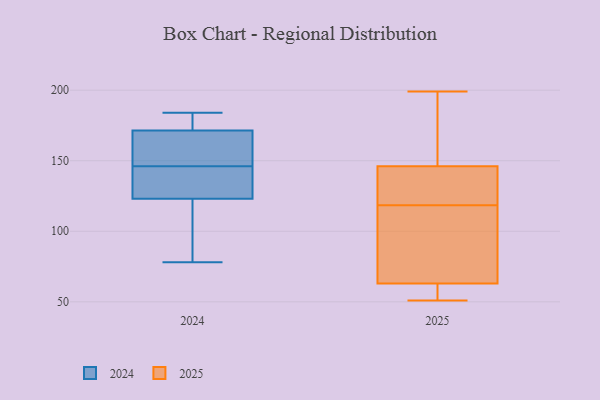
{"axis": {"x": "Revenue (USD Million)", "y": "Value"}, "legend": ["2024", "2025"], "data": [{"x": "", "y": 124, "type": "2024"}, {"x": "", "y": 139, "type": "2024"}, {"x": "", "y": 134, "type": "2024"}, {"x": "", "y": 163, "type": "2024"}, {"x": "", "y": 120, "type": "2024"}, {"x": "", "y": 93, "type": "2024"}, {"x": "", "y": 146, "type": "2024"}, {"x": "", "y": 176, "type": "2024"}, {"x": "", "y": 170, "type": "2024"}, {"x": "", "y": 155, "type": "2024"}, {"x": "", "y": 78, "type": "2024"}, {"x": "", "y": 183, "type": "2024"}, {"x": "", "y": 173, "type": "2024"}, {"x": "", "y": 129, "type": "2024"}, {"x": "", "y": 90, "type": "2024"}, {"x": "", "y": 184, "type": "2024"}, {"x": "", "y": 171, "type": "2024"}, {"x": "", "y": 111, "type": "2025"}, {"x": "", "y": 59, "type": "2025"}, {"x": "", "y": 104, "type": "2025"}, {"x": "", "y": 126, "type": "2025"}, {"x": "", "y": 63, "type": "2025"}, {"x": "", "y": 199, "type": "2025"}, {"x": "", "y": 177, "type": "2025"}, {"x": "", "y": 146, "type": "2025"}, {"x": "", "y": 63, "type": "2025"}, {"x": "", "y": 126, "type": "2025"}, {"x": "", "y": 168, "type": "2025"}, {"x": "", "y": 51, "type": "2025"}, {"x": "", "y": 73, "type": "2025"}, {"x": "", "y": 127, "type": "2025"}]}